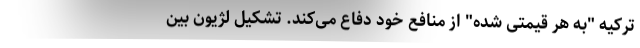
ترکیه "به هر قیمتی شده" از منافع خود دفاع می‌کند. تشکیل لژیون بین